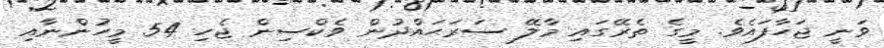
ވަނީ ޖަހާފައެވެ. މީގެ ތެރޭގައި މާލޭ ސަރަޙައްދުން ވެކްސިން ޖެހި 54 މީހުންނާއި